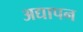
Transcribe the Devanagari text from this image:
अद्यापन